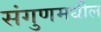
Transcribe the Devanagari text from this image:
संगुणमधील